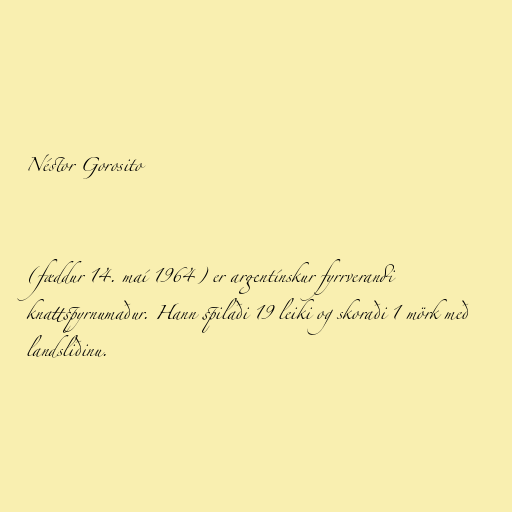
Néstor Gorosito

(fæddur 14. maí 1964) er argentínskur fyrrverandi
knattspyrnumaður. Hann spilaði 19 leiki og skoraði 1 mörk með
landsliðinu.